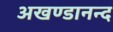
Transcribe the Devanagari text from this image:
अखण्डानन्द